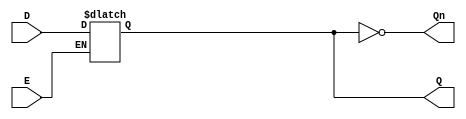
module async_gated_latch (
    input wire D,       // Data input
    input wire E,       // Enable/control signal
    output reg Q,       // Output
    output wire Qn      // Inverted output
);

// Inverted output
assign Qn = ~Q;

// Always block to create the latch behavior
always @* begin
    if (E) begin
        Q = D;  // When enable is high, output follows input
    end
    // When E is low, Q retains its previous state (no assignment needed)
end

// Initialization
initial begin
    Q = 1'b0;  // Initial state of Q (can be set as needed)
end

endmodule